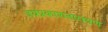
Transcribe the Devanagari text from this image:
जयप्रकाशनारायण